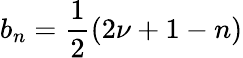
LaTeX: b_{n}=\frac{1}{2}(2\nu+1-n)